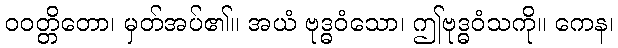
ဝဝတ္တိတော၊ မှတ်အပ်၏။ အယံ ဗုဒ္ဓဝံသော၊ ဤဗုဒ္ဓဝံသကို။ ကေန၊